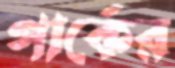
পার্কের